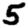
Digit: 5